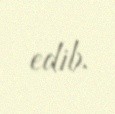
edib.